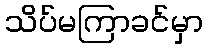
သိပ်မကြာခင်မှာ